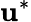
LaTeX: {\boldsymbol{\mathbf{u}}}^{*}